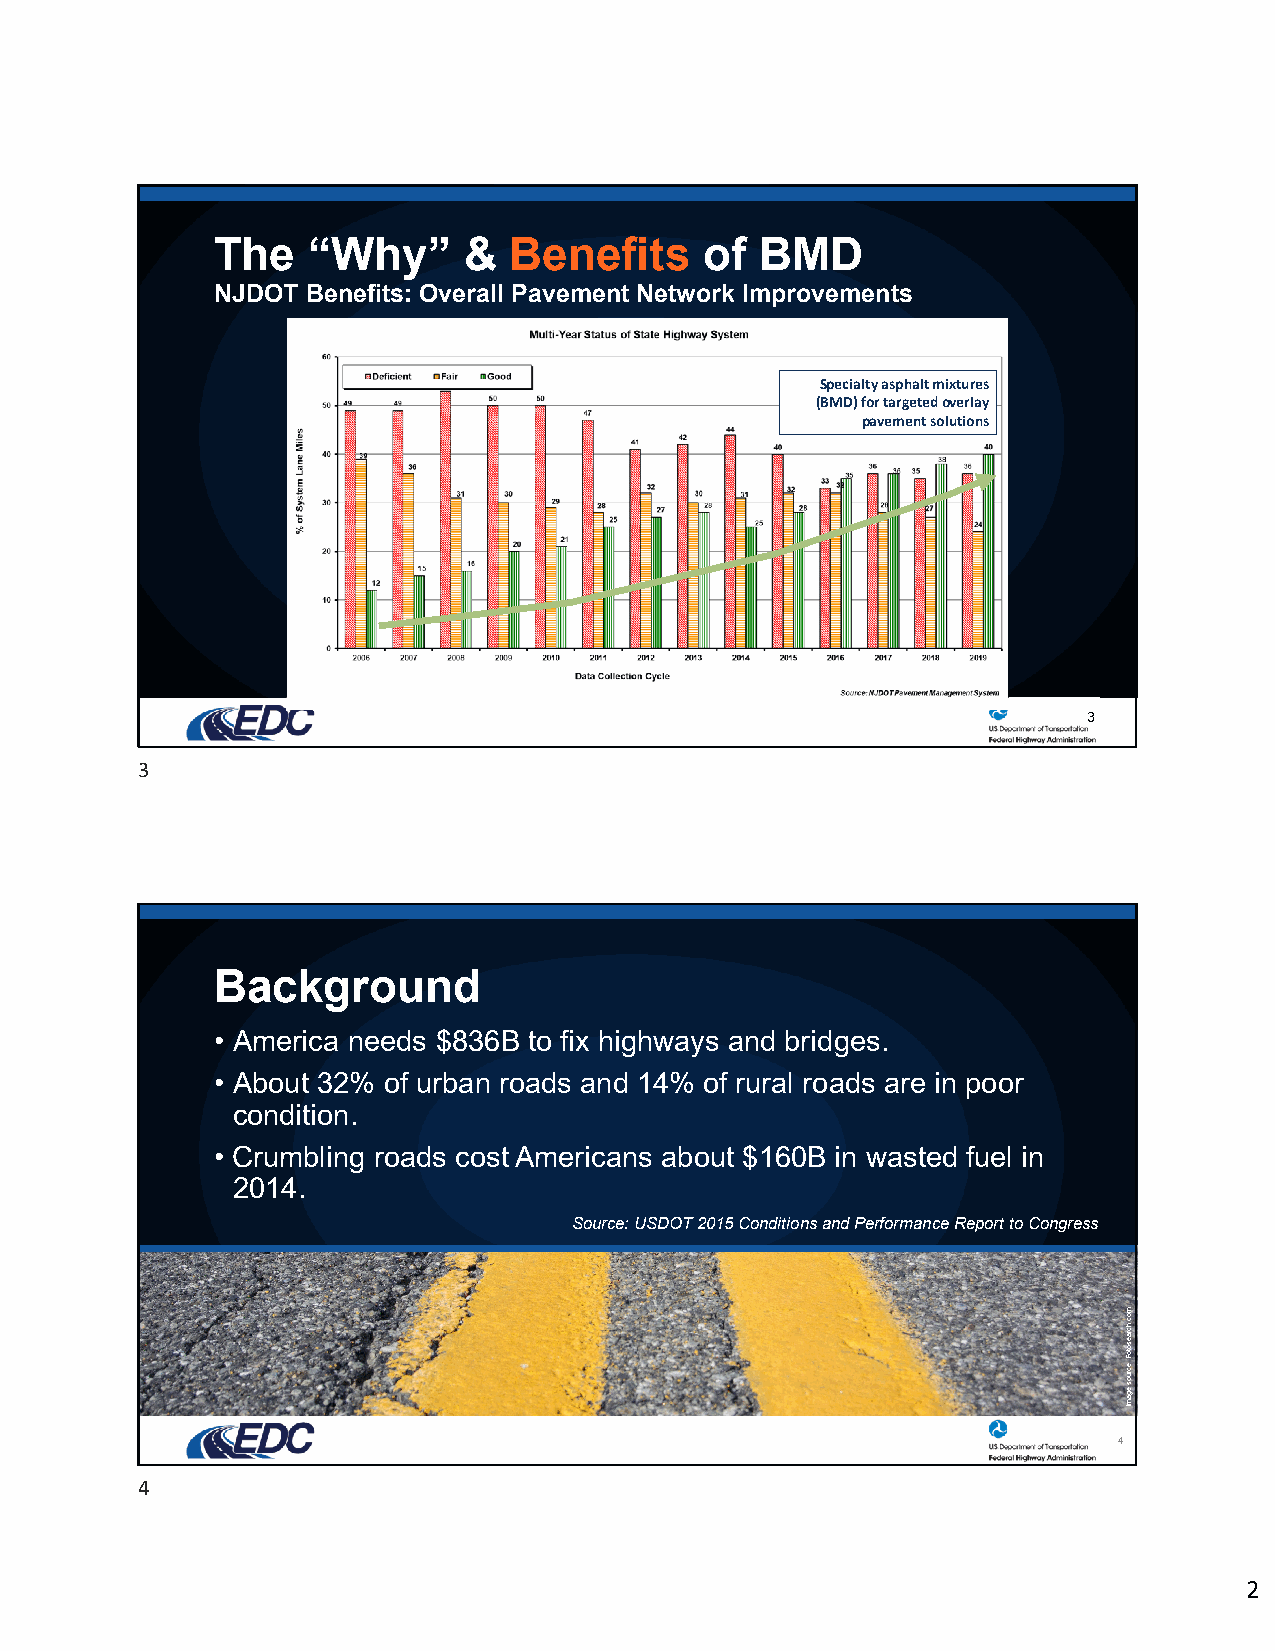
The   “Why”      &  Benefits     of BMD
 NJDOT Benefits: Overall Pavement Network Improvements
 Specialty asphalt mixtures
 (BMD) for targeted overlay
 pavement solutions
 3
 3
 Background
 • America needs $836B to fix highways and bridges.
 • About 32% of urban roads and 14% of rural roads are in poor
 condition.
 • Crumbling roads cost Americans about $160B in wasted fuel in
 2014.
 Source: USDOT 2015 Conditions and Performance Report to Congress
 4
 4
 2
 moc.hcraesotoF
 :ecruos
 egamI